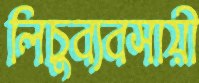
লিচুব্যবসায়ী